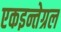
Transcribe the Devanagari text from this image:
एकइन्तेग्रल